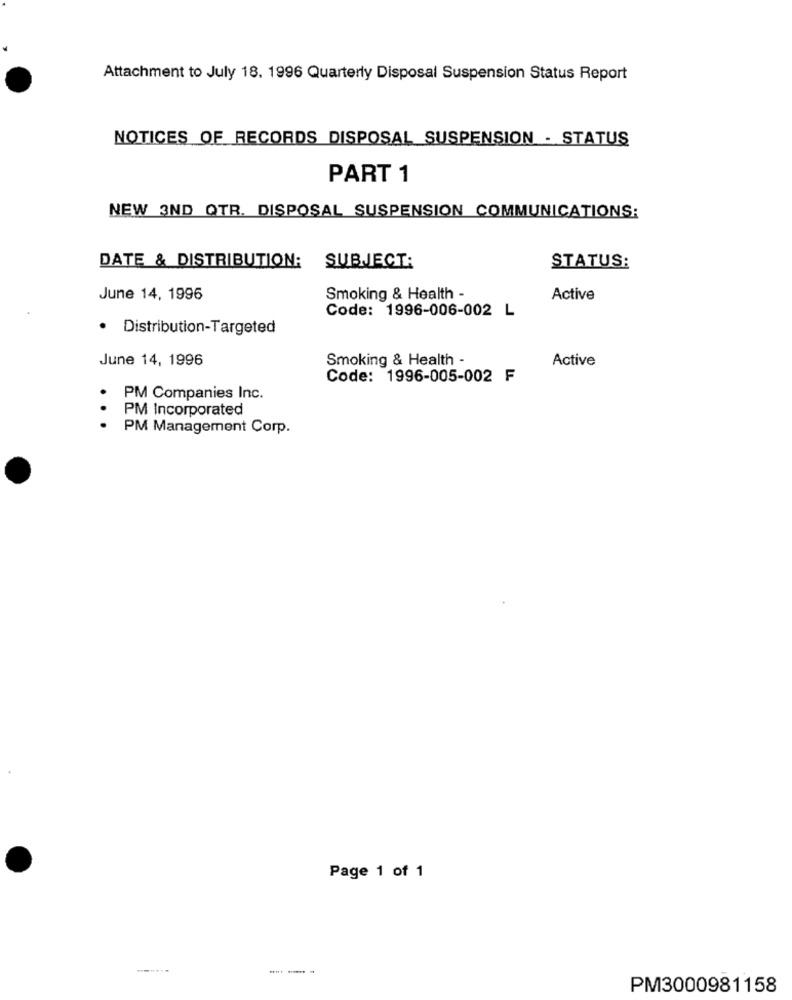
Attachment to July 18. 1996 Quarterly Disposal Suspension Status Report
NOTICES OF RECORDS DISPOSAL SUSPENSION - STATUS
PART 1
NEW 3ND QTR. DISPOSAL SUSPENSION COMMUNICATIONS;
DATE & DISTRIBUTION: SUBJECT:
STATUS:
June 14, 1996
Smoking & Health -
Active
Code: 1996-006-002 L
· Distribution-Targeted
June 14, 1996
Smoking & Health -
Active
Code: 1996-005-002 F
PM Companies Inc.
. .
PM Incorporated
PM Management Corp.
Page 1 of 1
-- -
PM3000981158